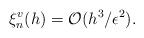
LaTeX: \begin{align*}\xi^{v}_{n}(h)=\mathcal{O}(h^3/\epsilon^2).\end{align*}